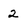
Character: 2